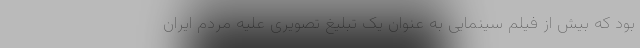
بود که بیش از فیلم سینمایی به عنوان یک تبلیغ تصویری علیه مردم ایران